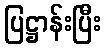
ပြဋ္ဌာန်းပြီး